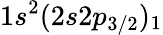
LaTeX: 1s^{2}(2s2p_{3/2})_{1}